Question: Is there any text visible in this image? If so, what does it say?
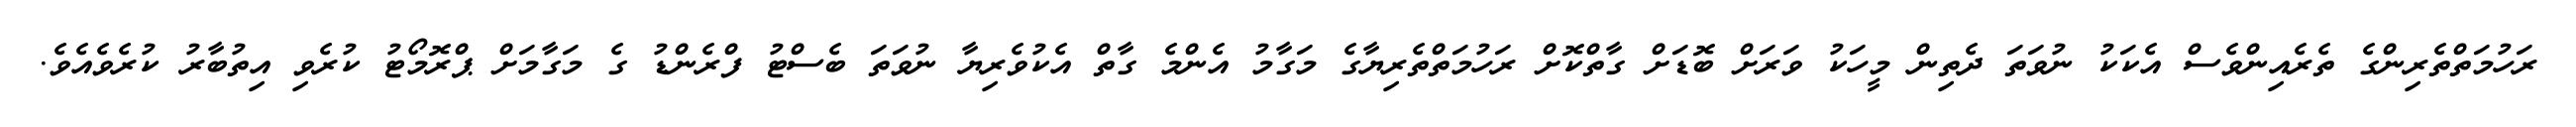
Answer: ރަހުމަތްތެރިންގެ ތެރެއިންވެސް އެކަކު ނުވަތަ ދެތިން މީހަކު ވަރަށް ބޮޑަށް ގާތްކޮށް ރަހުމަތްތެރިޔާގެ މަގާމު އެންމެ ގާތް އެކުވެރިޔާ ނުވަތަ ބެސްޓު ފްރެންޑު ގެ މަގާމަށް ޕްރޮމޯޓު ކުރެވި އިތުބާރު ކުރެވެއެވެ.